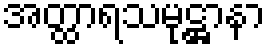
အတ္ထာရသမုဋ္ဌာနာ